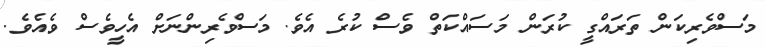
މަސްވެރިކަން ތަރައްގީ ކުރަން މަސައްކަތް ވެސް ކުރެ އެވެ. މަސްވެރިންނަށް އެހީވެސް ވެއެވެ.